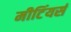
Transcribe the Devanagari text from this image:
मीटिंयर्स